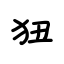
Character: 狃